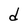
Character: d